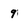
Character: 9